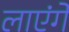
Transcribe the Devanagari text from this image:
लाएंगें